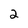
Character: 2